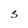
Character: S